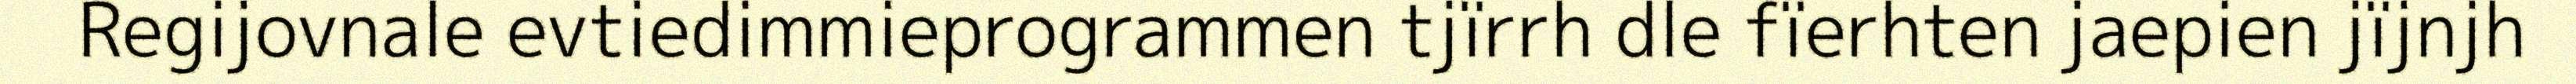
Regijovnale evtiedimmieprogrammen tjïrrh dle fïerhten jaepien jïjnjh